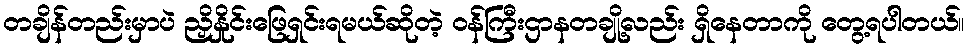
တချိန်တည်းမှာပဲ ညှိနှိုင်းဖြေရှင်းရမယ်ဆိုတဲ့ ဝန်ကြီးဌာနတချို့လည်း ရှိနေတာကို တွေ့ရပါတယ်။